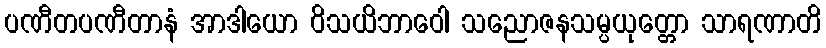
ပဏီတပဏီတာနံ အာဒါယော ဝိသယိဘာဝေါ သညောဇနသမ္ပယုတ္တော သာရဏာတိ